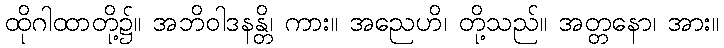
ထိုဂါထာတို့၌။ အဘိဝါဒနန္တိ၊ ကား။ အညေဟိ၊ တို့သည်။ အတ္တနော၊ အား။